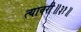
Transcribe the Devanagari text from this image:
त्यावरी॥३१॥